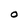
Character: O